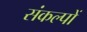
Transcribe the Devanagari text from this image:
संकल्‍पों